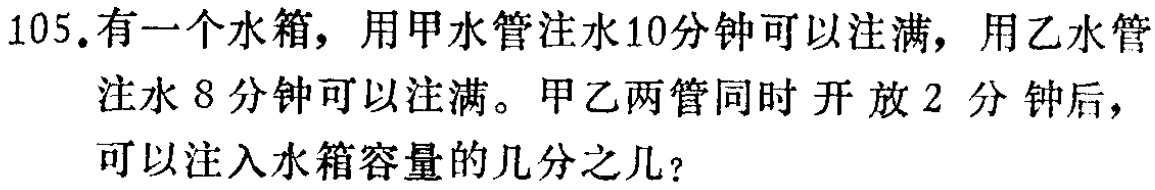
105.有一个水箱，用甲水管注水10分钟可以注满，用乙水管注水8分钟可以注满。甲乙两管同时开放2分钟后，可以注入水箱容量的几分之几？